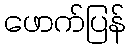
ဖောက်ပြန်